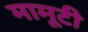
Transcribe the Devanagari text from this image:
मामूटी